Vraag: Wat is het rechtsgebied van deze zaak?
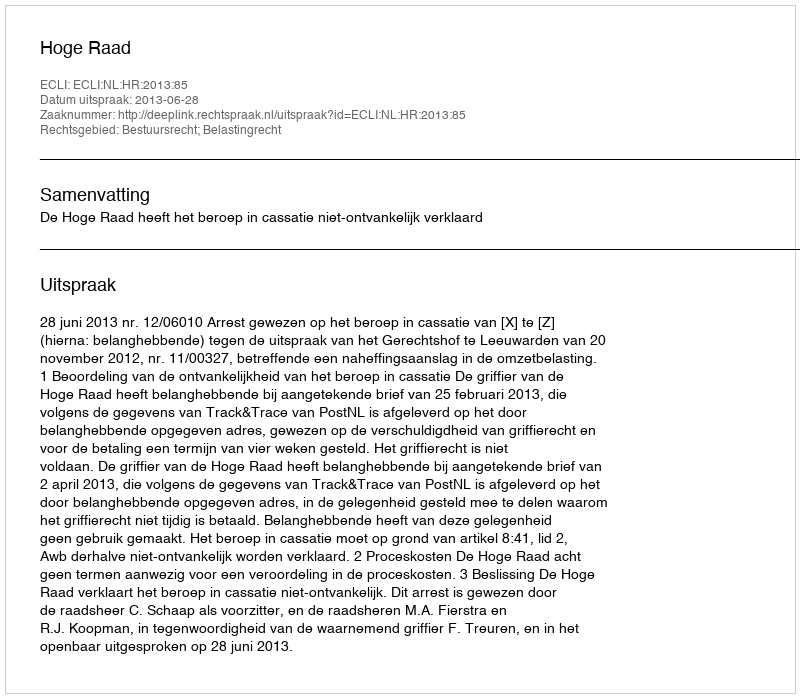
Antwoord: Bestuursrecht; Belastingrecht